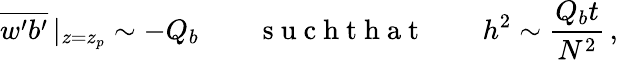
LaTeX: \overline{{w^{\prime}b^{\prime}}}\, |_{z=z_{p}}\sim-Q_{b}\qquad\mathrm{~s~u~c~h~t~h~a~t~}\qquad h^{2}\sim\frac{Q_{b}t}{N^{2}}\, ,